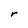
Character: r